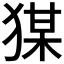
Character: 𭸘